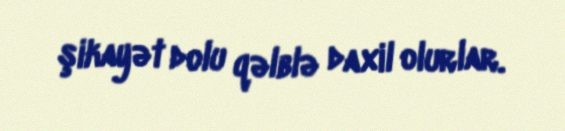
şikayət dolu qəlblə daxil olurlar.